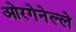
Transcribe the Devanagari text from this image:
ओरगेनेल्ले